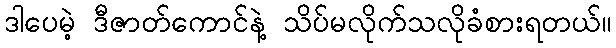
ဒါပေမဲ့ ဒီဇာတ်ကောင်နဲ့ သိပ်မလိုက်သလိုခံစားရတယ်။